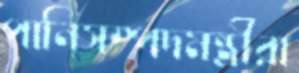
পানিসম্পদমন্ত্রীরা